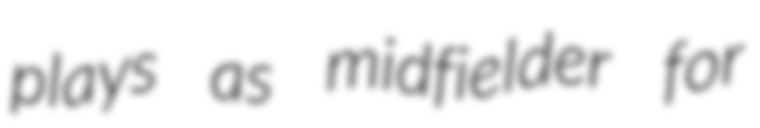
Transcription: plays as midfielder for